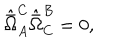
\hat { \bar { \Omega } } _ { A } ^ { C } \hat { \bar { \Omega } } _ { C } ^ { B } = 0 ,